Medical and sanitary report of the native army of Madras for the year
Year: 1875
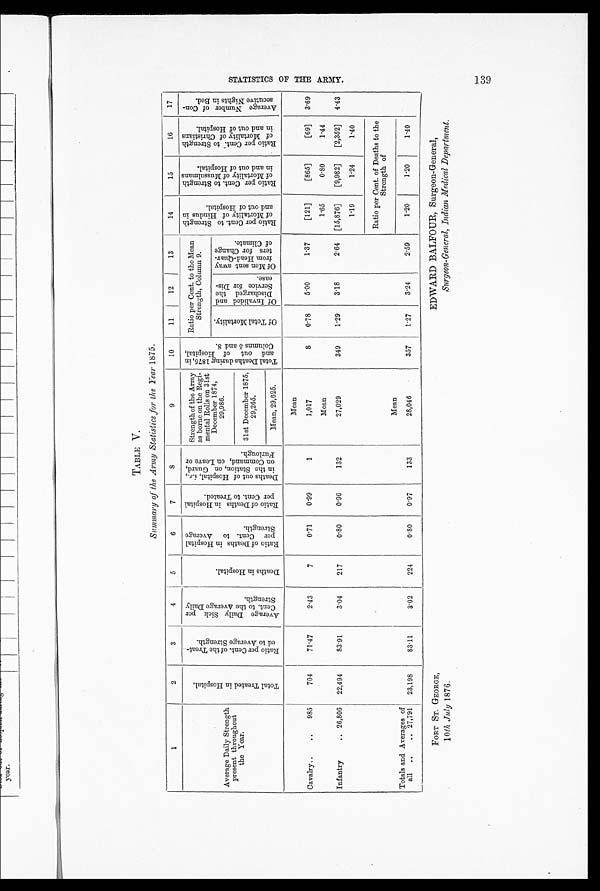
TABLE V.
Sammary of the Army Statistics for the Year 1875.
1
2
3
4
5
6
7
8
9
10
11
12
13
14
15
16
17
Average Daily Strength
present throughout
the Year.
T o t a l T r e a t e d i n H o s p i t a l .
R a t i o p e r C e n t o f t h e T r e a t - e d t o A v e r a g e S t r e n g t h .
A v e r a g e D a i l y S i c k p e r C e n t t o t h e A v e r a g e D a i l y S t r e n g t h .
D e a t h s i n H o s p i t a l .
R a t i o o f D e a t h s i n H o s p i t a l p e r C e n t t o A v e r a g e s t r e n g t h .
R a t i o o f D e a t h i n H o s p i t a l p e r c e n t t o T r e a t e d .
D e a t h s o u t o f H o s p i t a l , i . e . , i n t h e s t a t i o n , o n G u a r d , o n C o m m a n d , o n L e a v e o r F u r l o u g h .
Strengthof the Army
as borne on the Regi-
mental Rolls on 31st
December 1874, 29986.
T o t a l D e a t h s d u r i n g 1 8 7 5 , i n a n d o u t o f H o s p i t a l , c o l u m n s 5 a n d 8 .
Ratio per Cent. to the Mean
Strength, Column 9.
R a t i o p e r C e n t t o S t r e n g t h o f M o r t a l i t y o f H i n d u s i n a n d o u t o f H o s p i t a l .
R a t i o p e r C e n t t o S t r e n g t h o f M o r t a l i t y o f M u s s u l m a n s i n a n d o u t o f H o s p i t a l .
R a t i o p e r C e n t t o s t r e n g t h o f M o r t a l i t y o f C h i r i s t i a n s i n a n d o u t o f H o s p i t a l .
A v e r a g e N u m b e r o f C o n - s e c u t i v e N i g h t s i n B e d .
O f T o t a l M o r t a l i t y .
Of I n v a l i d e d a n d Di s c h a r g e d t h e S e r v i c e f o r Di s - e a s e .
O f Me n s e n t a w a y f r o m H e a d - Q u a r - t e r s f o r C h a n g e o f C l i ma t e .
31st December 1875,
29,265.
Mean, 29,625.
Cavalry . . .
985
Mean
704
71.47
2.43
7
0.71
0.99
1
1,017
8
0.78
5.00
1.37
[121]
[865]
[69]
3.69
Infantry . . .
26,806
Mean
1.65
0.80
1.44
22,494
83.91
3.04
217
0.80
0.96
132
27,029
349
1.29
3.18
2.64
[15,876]
[9,982]
[2,352]
4.43
1.19
1.24
1.40
Mean
Ratio per Cent of Deaths to the
Strength of
357
1.27
3.24
2.59
1.20
1.20
1.40
Totals and Averages of
all . . . 2 7 , 7 9 1
23,198
83.11
3.02
224
0.80
0.97
133
28,046
S T A T I S T I C S O F T H E A R M Y . 1 3 9